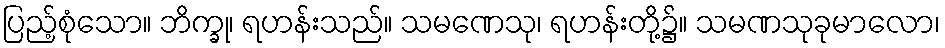
ပြည့်စုံသော။ ဘိက္ခု၊ ရဟန်းသည်။ သမဏေသု၊ ရဟန်းတို့၌။ သမဏသုခုမာလော၊